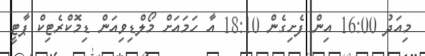
މިއަދު 16:00 އިން ފެށިގެން 18:10 އާ ހަމައަށް މޯލްޑިވިއަން ޑިމޮކްރެޓިކް ޕާޓީ